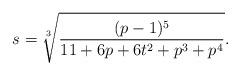
LaTeX: \begin{align*}s=\sqrt[3]{\frac{(p-1)^5}{11+6p+6t^2+p^3+p^4}}.\end{align*}